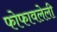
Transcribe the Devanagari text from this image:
फोफावलेली